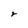
Character: r